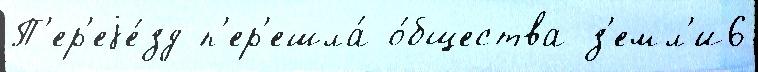
П'ер'еjе́зд п'ер'ешла́ о́бщества з'емл'и6